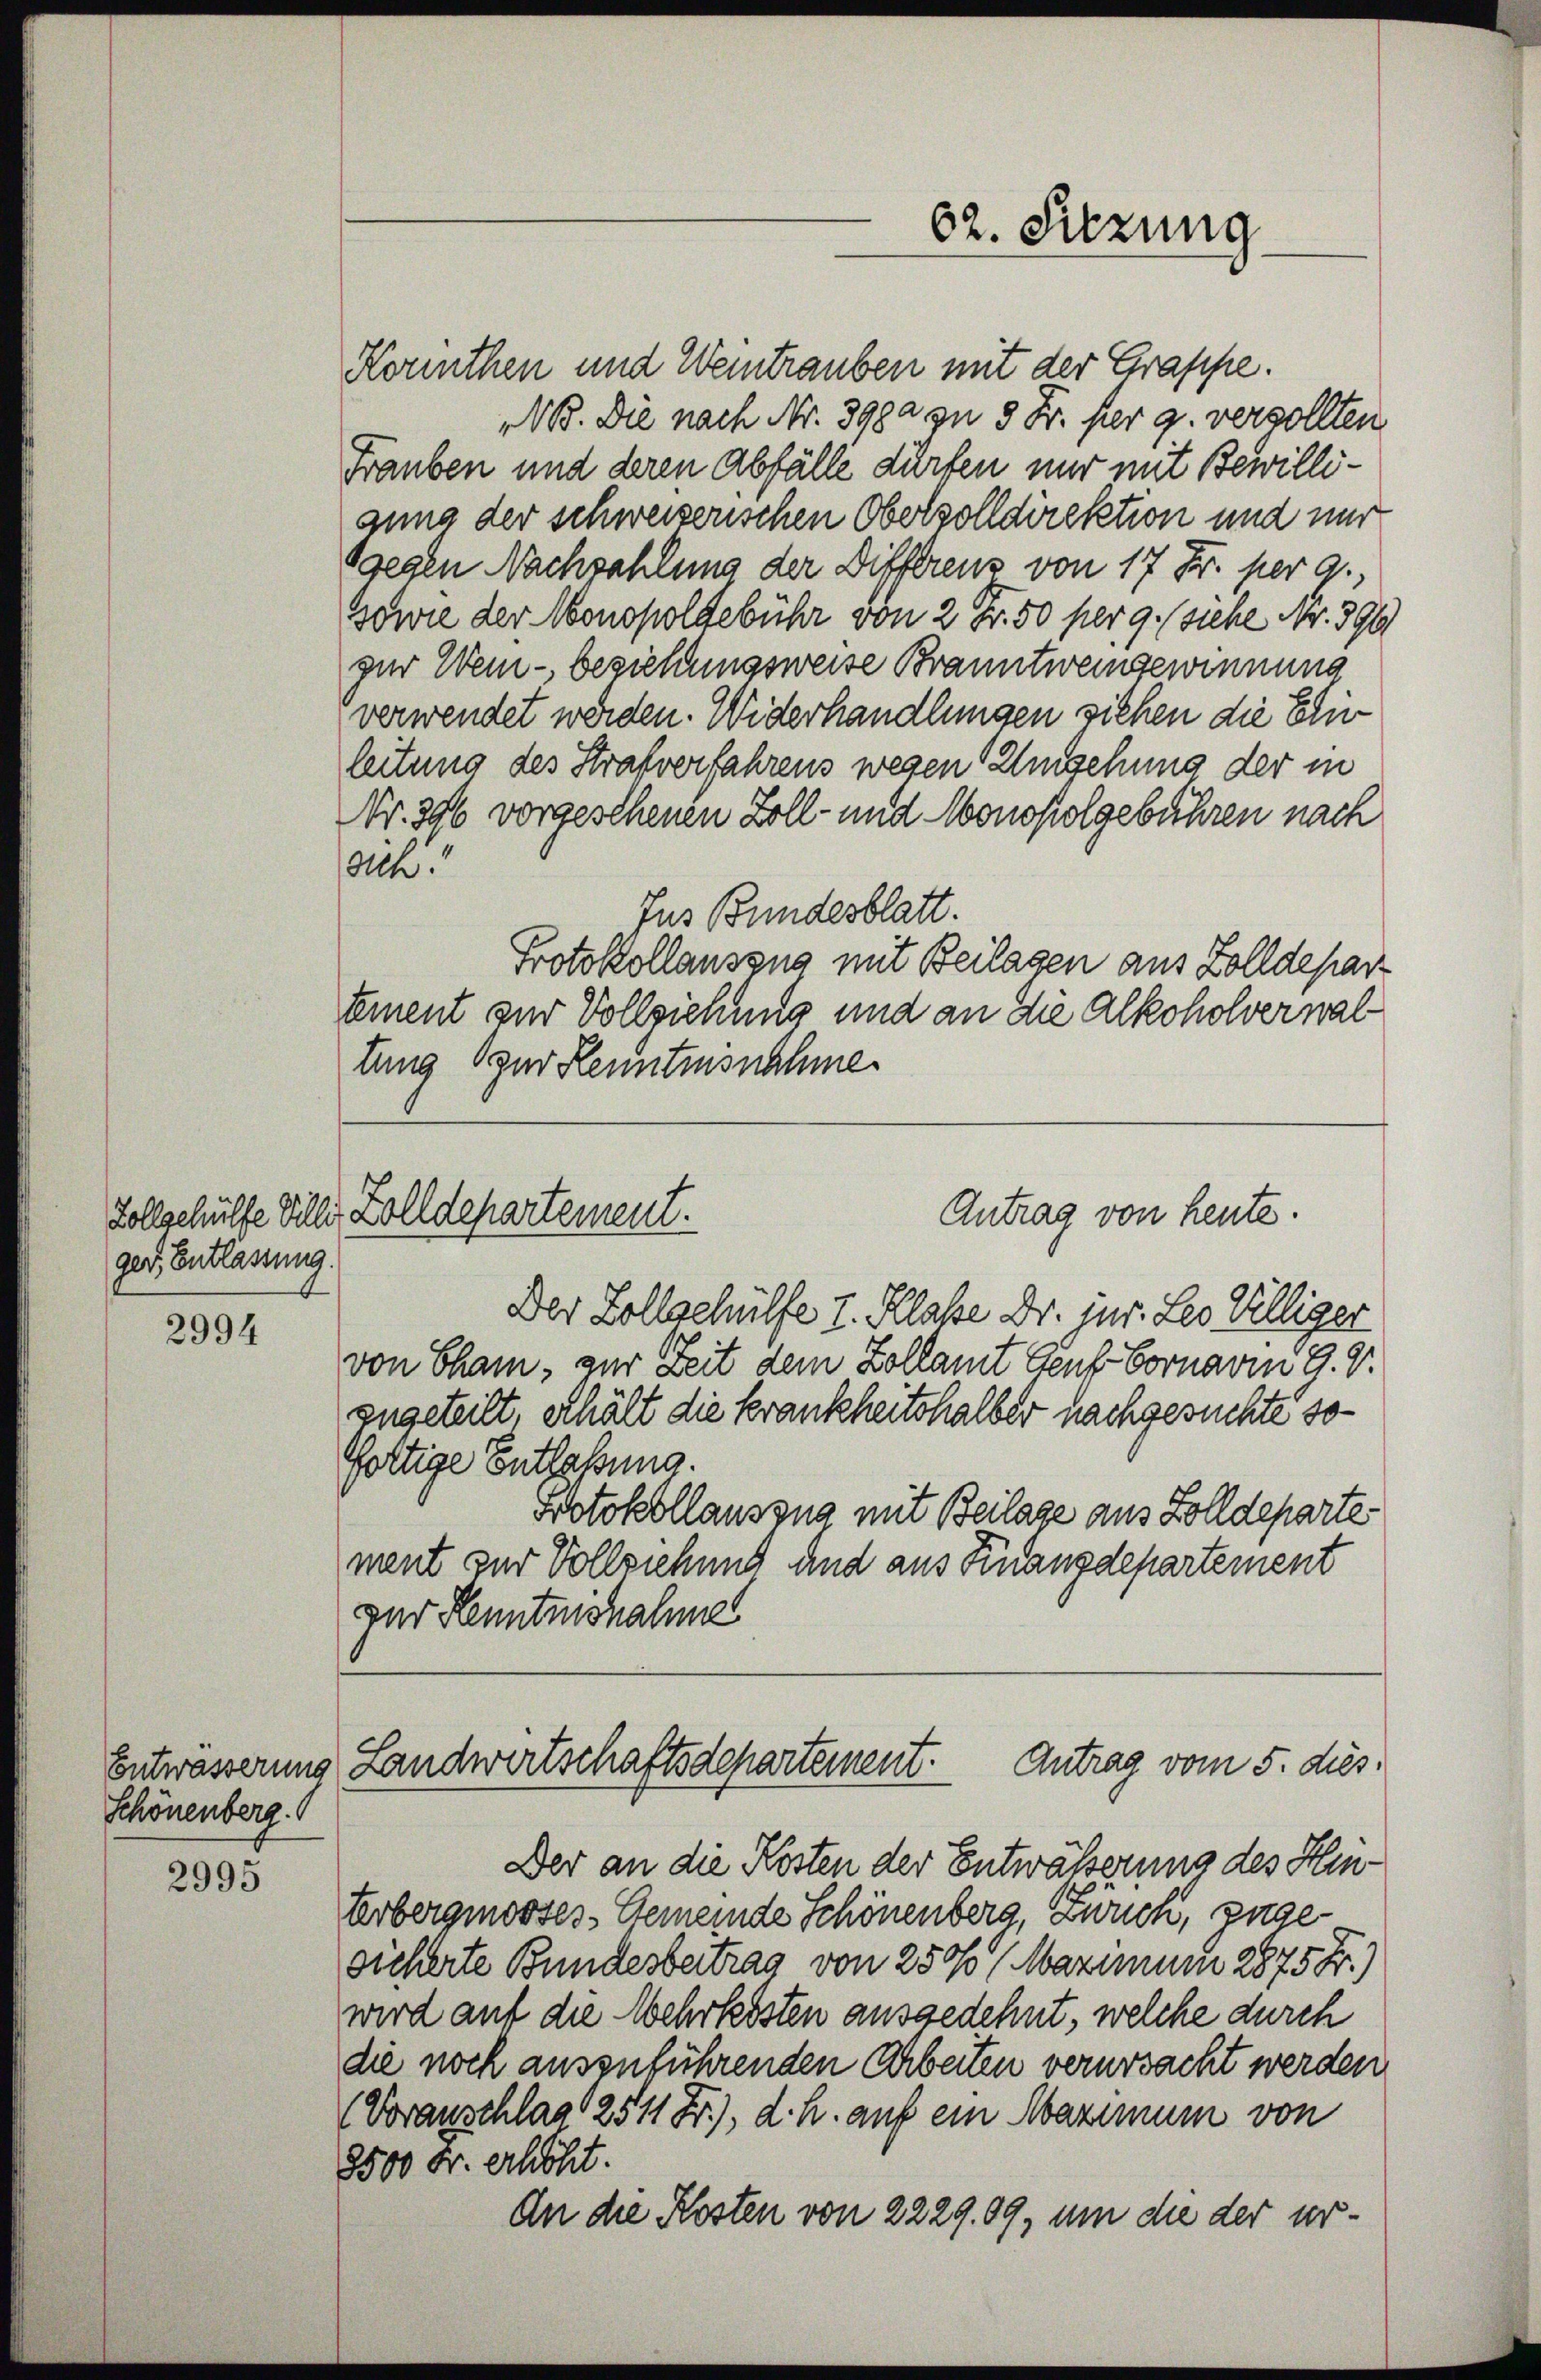
ger Entlassung.

2994

Entwässerung
Schönenberg.

2995

62. Sitzung

Kornthen und Weitrauben mit der Grappe.
NB. Die nach Nr. 398a zu 8 Fr. per g. versollten
Frauben und deren Abfälle dürfen nur mit Bewillizung der schweizerischen Oberzolldirektion und nur
bgegen Nachzahlung der Differenz von 17 Fr. per 9.,
ssowie der Monopoldebühr von 2 Fr. 50 per 9. (siehe Nr. 390
zur Wein - beziehungsweise Branntweingewinnung
verwendet werden. Widerhandlungen siehen die Einleitung des Strafverfahrens wegen Ansehung der in
Nr. 346 vorgeschenen Zoll- und Monopolgebühren nach
sch.
Jus Bundesblatt.
Protokollauszug mit Beilagen aus Zolldepar
tment zur Vollziehung und an die Alkoholverwaltung zur Kenntnisnahme

Antrag von heute.
Zollgehülfe Villi, Zolldepartement.

Der Zollgehülfe I. Klasse Dr. jur. Les Williger
von Cham, zur Zeit dem Zollamt Genf-Fornarm 9. d.
zugeteilt, erhält die Krankheitshalber nachgesuchte sofortige Entlaßung.
Protokollauszug mit Beilage aus Zolldeparte
ment zur Vollziehung und aus Finanzdepartement
zur Kenntnisnahme
Landwirtschaftsdepartement. Antrag vom 5. dies¬
Der an die Kosten der Entwässerung des Hinterbergmooses Gemeinde Schönenberg, Zürich, zugesicherte Bundesbertrag von 2500 Maximum 2875 Fr.)
wird auf die Mehrheisten ausgedehnt, welche durch
die noch auszuführenden Arbeiten verursacht werden
(Voranschlag 2511 Fr.), d. h. auf ein Maximum von
8500 Fr. erhöht.
An die Kosten von 2229. 89, um die der ur¬